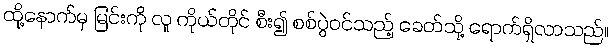
ထို့နောက်မှ မြင်းကို လူ ကိုယ်တိုင် စီး၍ စစ်ပွဲဝင်သည့် ခေတ်သို့ ရောက်ရှိလာသည်။